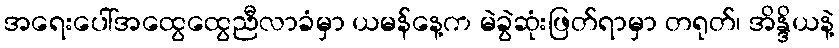
အရေးပေါ်အထွေထွေညီလာခံမှာ ယမန်နေ့က မဲခွဲဆုံးဖြတ်ရာမှာ တရုတ်၊ အိန္ဒိယနဲ့